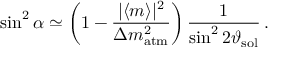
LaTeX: \sin ^ { 2 } \alpha \simeq \left( 1 - \frac { | \langle m \rangle | ^ { 2 } } { \Delta { m } _ { \mathrm { a t m } } ^ { 2 } } \right) \frac { 1 } { \sin ^ { 2 } 2 \vartheta _ { \mathrm { s o l } } } \, .